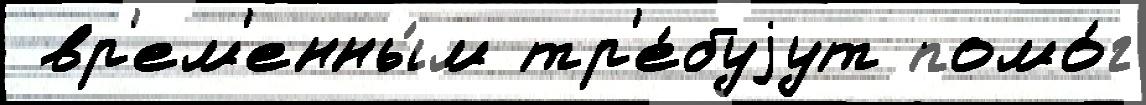
 вр'ем'енны́м тр'е́буjут помо́г